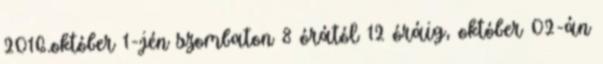
2016.október 1-jén szombaton 8 órától 12 óráig, október 02-án